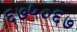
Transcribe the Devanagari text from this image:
६७५०६७